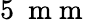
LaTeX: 5~\mathrm{~m~m~}